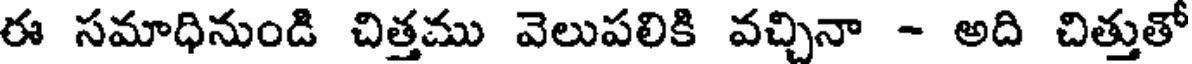
ఈ సమాధినుండి చిత్తము వెలుపలికి వచ్చినా - అది చిత్తుతో